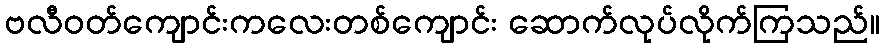
ဗလီဝတ်ကျောင်းကလေးတစ်ကျောင်း ဆောက်လုပ်လိုက်ကြသည်။